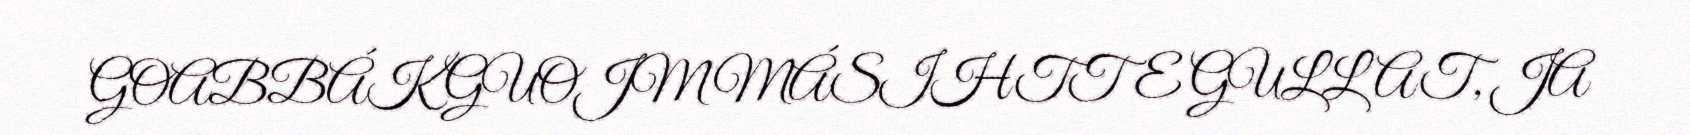
GOABBÁK GUOJMMÁSIHTTE GULLAT, JA